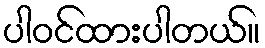
ပါဝင်ထားပါတယ်။